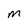
Character: m